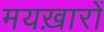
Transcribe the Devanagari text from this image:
मयख़ारों